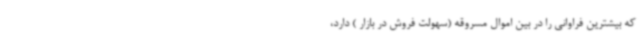
که بیشترین فراوانی را در بین اموال مسروقه (سهولت فروش در بازار ) دارد،